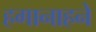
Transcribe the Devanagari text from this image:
हगानाहने